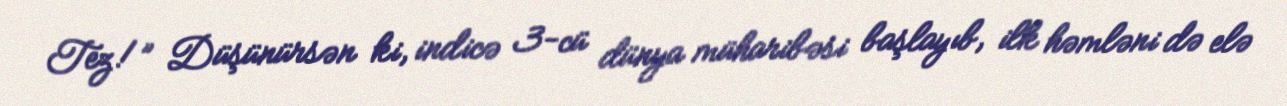
Tez!” Düşünürsən ki, indicə 3-cü dünya müharibəsi başlayıb, ilk həmləni də elə